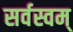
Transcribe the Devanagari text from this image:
सर्वस्वम्